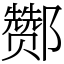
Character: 酂